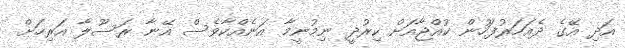
އަދި އޭގެ ދެއަހަރުފަހުން ކުއްޖާއަށް ކިރުދީ ނިމުނީމާ އަނެއްކާވެސް އޭނާ ރަސޫލާ އަރިހަށް